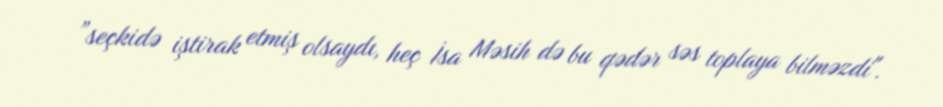
”seçkidə iştirak etmiş olsaydı, heç İsa Məsih də bu qədər səs toplaya bilməzdi".